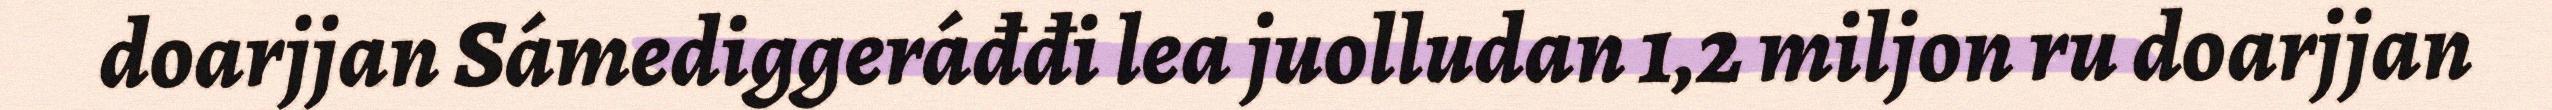
doarjjan Sámediggeráđđi lea juolludan 1,2 miljon ru doarjjan